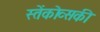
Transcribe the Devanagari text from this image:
स्तेंकोव्सकी